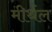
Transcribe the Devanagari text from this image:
मीर्थल